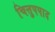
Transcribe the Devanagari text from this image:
चित्तुपपाद